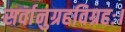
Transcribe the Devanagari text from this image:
सर्वानुग्रहविग्रहः।